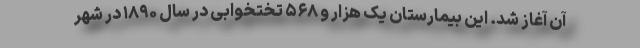
آن آغاز شد. این بیمارستان یک هزار و ۵۶۸ تختخوابی در سال ۱۸۹۰ در شهر